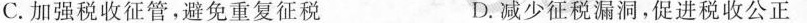
C.加强税收征管，避免重复征税 D.减少征税漏洞，促进税收公正